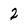
Character: 2